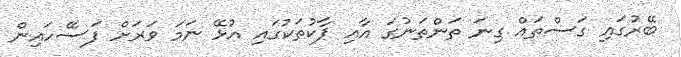
ބޭރުގައި ގަސްތައް ގިނަ ތަންތަނުގަަ އާއި ޕާކުތަކުގައި އުޅޭ ނަމަ ވަރަށް ފަސޭހައިން